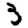
Digit: 3